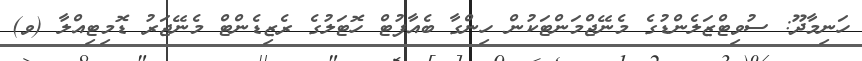
ހަނިމާދޫ: ސުވިޓްޒަލެންޑުގެ މެނޭޖްމަންޓަކުން ހިންގާ ބެއާފުޓް ހޮޓަލުގެ ރެޒިޑެންޓް މެނޭޖަރު ޑޮމިޓިއްލާ (ވ)